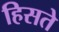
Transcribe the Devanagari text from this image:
हिसते